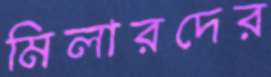
মিলারদের